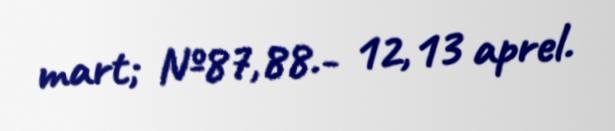
mart; №87,88.- 12,13 aprel.